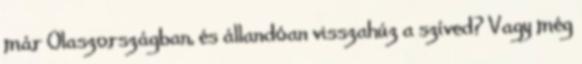
már Olaszországban, és állandóan visszahúz a szíved? Vagy még